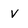
Character: v